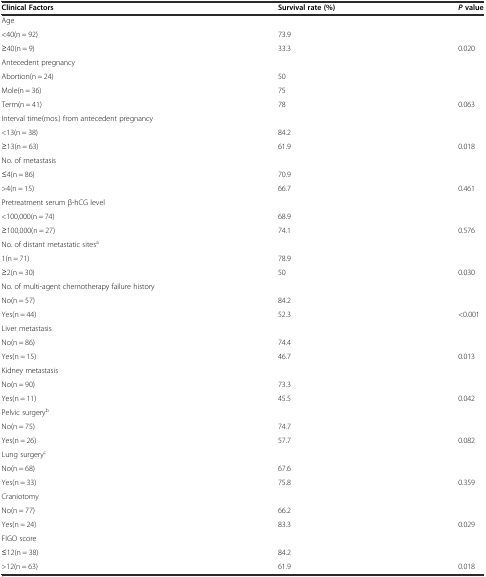
<table><thead><tr><td><b>Clinical Factors</b></td><td><b>Survival rate (%)</b></td><td><b><i>P</i>value</b></td></tr></thead><tbody><tr><td>Age</td><td></td><td></td></tr><tr><td>&lt;40(n = 92)</td><td>73.9</td><td></td></tr><tr><td>≥40(n = 9)</td><td>33.3</td><td>0.020</td></tr><tr><td>Antecedent pregnancy</td><td></td><td></td></tr><tr><td>Abortion(n = 24)</td><td>50</td><td></td></tr><tr><td>Mole(n = 36)</td><td>75</td><td></td></tr><tr><td>Term(n = 41)</td><td>78</td><td>0.063</td></tr><tr><td>Interval time(mos.) from antecedent pregnancy</td><td></td><td></td></tr><tr><td>&lt;13(n = 38)</td><td>84.2</td><td></td></tr><tr><td>≥13(n = 63)</td><td>61.9</td><td>0.018</td></tr><tr><td>No. of metastasis</td><td></td><td></td></tr><tr><td>≤4(n = 86)</td><td>70.9</td><td></td></tr><tr><td>&gt;4(n = 15)</td><td>66.7</td><td>0.461</td></tr><tr><td>Pretreatment serum β-hCG level</td><td></td><td></td></tr><tr><td>&lt;100,000(n = 74)</td><td>68.9</td><td></td></tr><tr><td>≥100,000(n = 27)</td><td>74.1</td><td>0.576</td></tr><tr><td>No. of distant metastatic sites<sup>a</sup></td><td></td><td></td></tr><tr><td>1(n = 71)</td><td>78.9</td><td></td></tr><tr><td>≥2(n = 30)</td><td>50</td><td>0.030</td></tr><tr><td>No. of multi-agent chemotherapy failure history</td><td></td><td></td></tr><tr><td>No(n = 57)</td><td>84.2</td><td></td></tr><tr><td>Yes(n = 44)</td><td>52.3</td><td>&lt;0.001</td></tr><tr><td>Liver metastasis</td><td></td><td></td></tr><tr><td>No(n = 86)</td><td>74.4</td><td></td></tr><tr><td>Yes(n = 15)</td><td>46.7</td><td>0.013</td></tr><tr><td>Kidney metastasis</td><td></td><td></td></tr><tr><td>No(n = 90)</td><td>73.3</td><td></td></tr><tr><td>Yes(n = 11)</td><td>45.5</td><td>0.042</td></tr><tr><td>Pelvic surgery<sup>b</sup></td><td></td><td></td></tr><tr><td>No(n = 75)</td><td>74.7</td><td></td></tr><tr><td>Yes(n = 26)</td><td>57.7</td><td>0.082</td></tr><tr><td>Lung surgery<sup>c</sup></td><td></td><td></td></tr><tr><td>No(n = 68)</td><td>67.6</td><td></td></tr><tr><td>Yes(n = 33)</td><td>75.8</td><td>0.359</td></tr><tr><td>Craniotomy</td><td></td><td></td></tr><tr><td>No(n = 77)</td><td>66.2</td><td></td></tr><tr><td>Yes(n = 24)</td><td>83.3</td><td>0.029</td></tr><tr><td>FIGO score</td><td></td><td></td></tr><tr><td>≤12(n = 38)</td><td>84.2</td><td></td></tr><tr><td>&gt;12(n = 63)</td><td>61.9</td><td>0.018</td></tr></tbody></table>